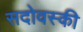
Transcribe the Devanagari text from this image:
सदोवस्की